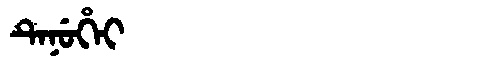
Manchu: ᡨᡝᠨᡠᡥᡝᡳ
Romanization: TENUHEI